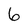
Character: 6